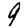
Digit: 9